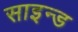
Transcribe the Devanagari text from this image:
साइन्ड